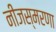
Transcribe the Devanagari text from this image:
नीजस्मरणा